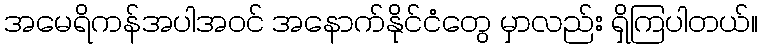
အမေရိကန်အပါအဝင် အနောက်နိုင်ငံတွေ မှာလည်း ရှိကြပါတယ်။